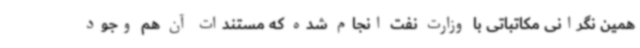
همین نگرانی مکاتباتی با وزارت نفت انجام شده که مستندات آن هم وجود